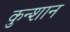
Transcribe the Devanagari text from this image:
कुन्शान